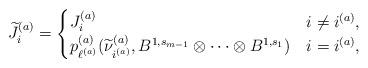
LaTeX: \begin{align*}\widetilde{J}_i^{(a)} = \begin{cases}J_i^{(a)} & i \neq i^{(a)},\\p_{\ell^{(a)}}^{(a)}(\widetilde{\nu}_{i^{(a)}}^{(a)}, B^{1,s_{m-1}} \otimes \cdots \otimes B^{1,s_1}) & i = i^{(a)},\end{cases}\end{align*}